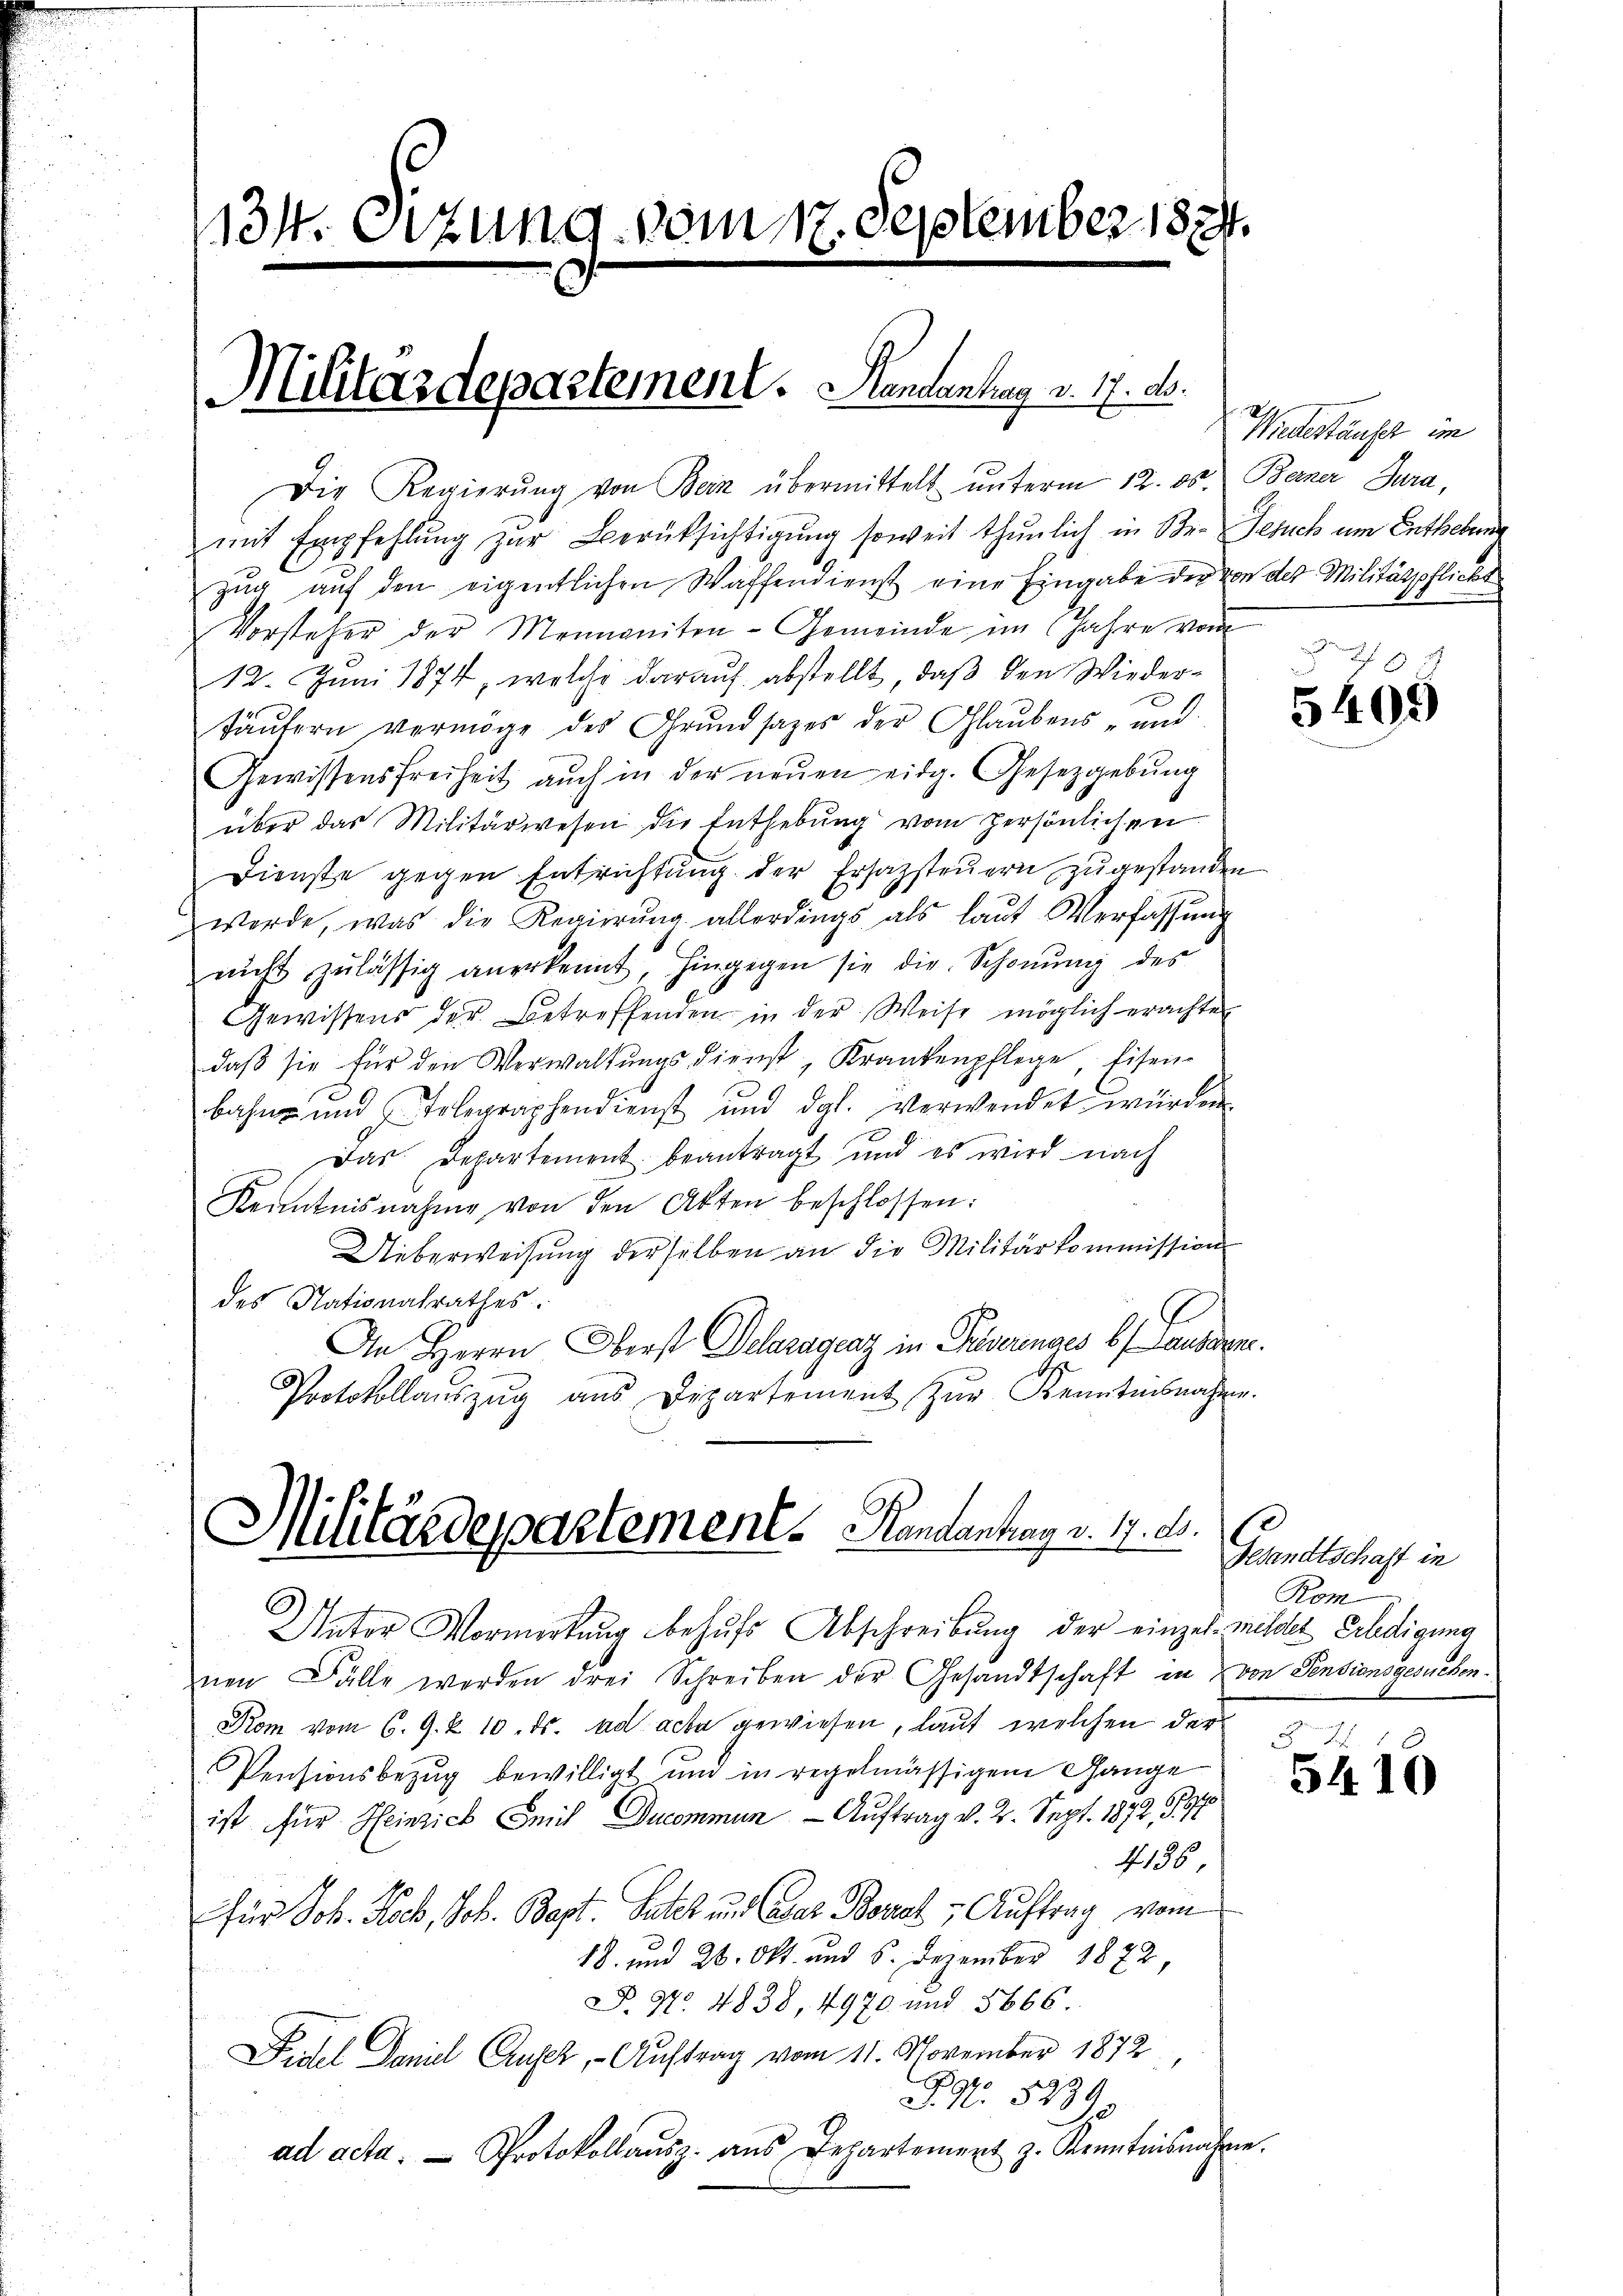
131. Sizung vom 17. September 1834.

Die Regierŭng von Bern übermittelt ŭnterm 12. ds. Berner Jura,

mit Empfehlung zur Berücksichtigung soweit thunlich in Be- Gesuch um Entheberne
zug auf den eigentlichen Waffendienst eine Eingabe der von der Militätspflicht
Vorsteher der Mennanten-Gemeinde im Jahre vom
12. Juni 1874, welche darauf abstellt, daß den Wiedertäufern vermöge des Grundsatzes der Glaubens- und
Gewissensfreiheit aŭch in der neŭen eidg. Gesetzgebung
über das Militärwesen die Enthebung vom persönlichen
Dienste gegen Entrichtŭng der Ersatzsteŭern zugestanden
werde, was die Regierung allerdings als laut Verfassung
nicht zulässig anerkennt, hingegen sie die Schönŭng des
Gewissens der Betreffenden in der Weise möglich erachter
daβ sie für den Verwaltŭngsdienst, Krankenpflege, Eisen-
bahn und Telegraphendienst und dgl. verwendet würden
Das Departement beantragt und es wird nach
Kenntnisnahme von den Akten beschlossen:
Ueberweisung derselben an die Militärkommission
des Nationalrathes.
An Herrn Oberst Delaragraz in Passenacs b. Laussen.
Protokollaŭszŭg aŭs Departement zŭr Kenntnisnahme.

Militärdepartement. Handantrag v. 17. d.
Unter Vormerkŭng behŭfs Abschreibung der einzel mildet Erledigung

Militärdepartement. Handenhag v. 17. d.

Wiedertäusch im

nen Fälle worden drei Schreiben der Gesandtschaft in von Pensionsgesuchen.
Kom vom 6. 9. u. 10. ds. ad acta gewiesen, laut welchen der
Pensionsbezug bewilligt und in regelmässigem Gange
x
ist für Heinrich Emil Ducommun - Auftrag v. 2. Sept. 1872, S. 760
f 136,
für Joh. Koch, Joh. Bapt. Suter und Casar Borel, Auftrag vom
18. und 26. Okt. und 6. Dezember 1872,
D. 97. 4838, 4970 und 5666.
Fidel Daniel Aufer, - Auftrag vom 11. November 1872
P. Nr. 5239.
ad acta. Protokollaŭsz. aus Departement z. Kenntnisnahme.

5469

Gesandtschaft in
Kom

5410